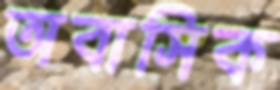
অবাসিক